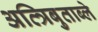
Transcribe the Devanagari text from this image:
अत्त्रिबुताब्ले